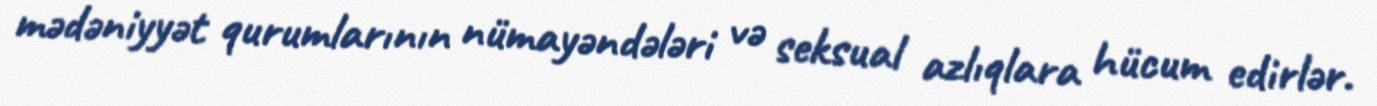
mədəniyyət qurumlarının nümayəndələri və seksual azlıqlara hücum edirlər.